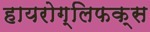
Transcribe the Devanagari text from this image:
हायरोग्लिफक्स